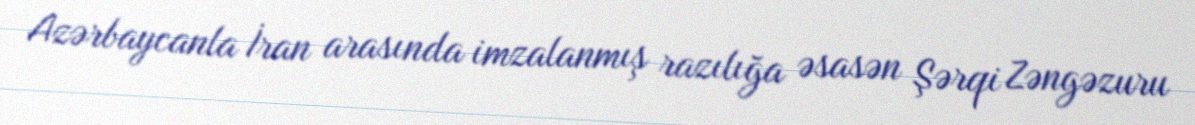
Azərbaycanla İran arasında imzalanmış razılığa əsasən Şərqi Zəngəzuru